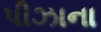
પીઝાના